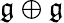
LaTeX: {\mathfrak{g}}\oplus{\mathfrak{g}}